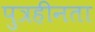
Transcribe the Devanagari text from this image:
पुत्रहीनता